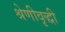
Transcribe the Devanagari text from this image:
श्रेणीवृद्धी